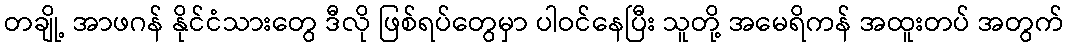
တချို့ အာဖဂန် နိုင်ငံသားတွေ ဒီလို ဖြစ်ရပ်တွေမှာ ပါဝင်နေပြီး သူတို့ အမေရိကန် အထူးတပ် အတွက်